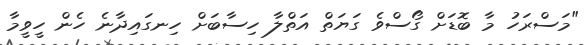
"މަސްރަހު މާ ބޮޑަށް ގޯސްވެ ގަޔަތް އަތްލާ ހިސާބަށް ހިނގައިދާނެ ހެން ހީވީމާ